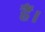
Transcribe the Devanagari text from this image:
है॑।